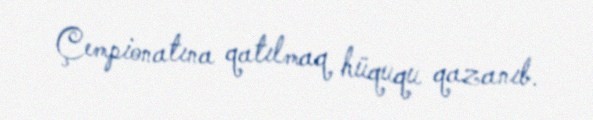
Çempionatına qatılmaq hüququ qazanıb.